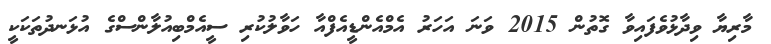
މާރިޔާ ވިދާޅުވެފައިވާ ގޮތުން 2015 ވަނަ އަހަރު އެމްއެންޑީއެފްއާ ހަވާލުކުރި ސީއެމްބިއުލާންސްގެ އުޅަނދުތަކަކީ